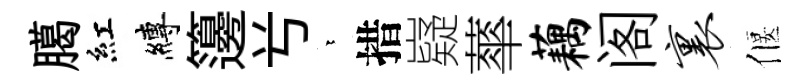
臈紅縛籩𠔃依措嶷蕐藕阁里偃